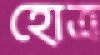
হোত্র